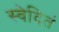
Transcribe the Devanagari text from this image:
स्वेदितं